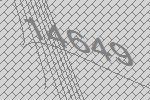
14649